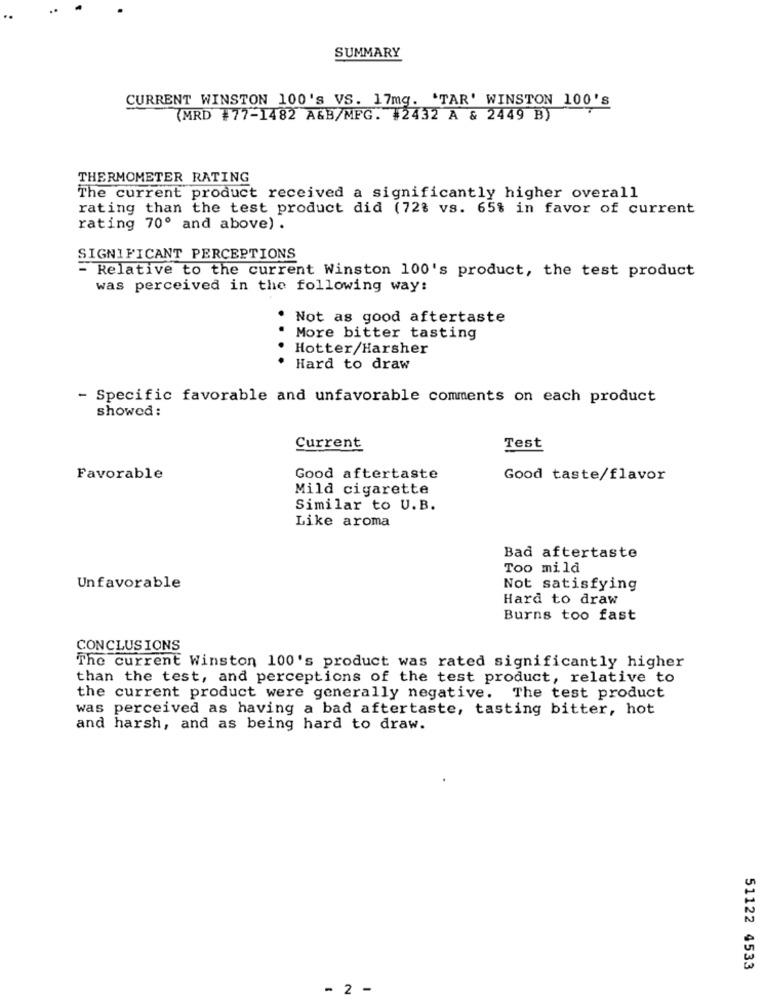
SUMMARY
CURRENT WINSTON 100's VS. 17mg. 'TAR' WINSTON 100'S
(MRD #77-1482 A&B/MFG. #2432 A & 2449 B)
THERMOMETER RATING
The current product received a significantly higher overall
rating than the test product did (72% vs. 65% in favor of current
rating 70º and above) .
SIGNIFICANT PERCEPTIONS
- Relative to the current Winston 100's product, the test product
was perceived in the following way:
. Not as good aftertaste
More bitter tasting
Hotter/Harsher
Hard to draw
- Specific favorable and unfavorable comments on each product
showed :
Current
Test
Favorable
Good aftertaste
Good taste/flavor
Mild cigarette
Similar to U.B.
Like aroma
Bad aftertaste
Too mila
Unfavorable
Not satisfying
Hard to draw
Burns too fast
CONCLUSIONS
The current Winston 100's product was rated significantly higher
than the test, and perceptions of the test product, relative to
the current product were generally negative. The test product
was perceived as having a bad aftertaste, tasting bitter, hot
and harsh, and as being hard to draw.
51122 4533
-
2
-